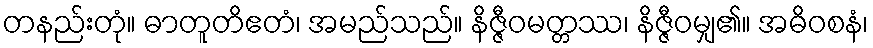
တနည်းတုံ။ ဓာတူတိဧတံ၊ အမည်သည်။ နိဇ္ဇီဝမတ္တဿ၊ နိဇ္ဇီဝမျှ၏။ အဓိဝစနံ၊